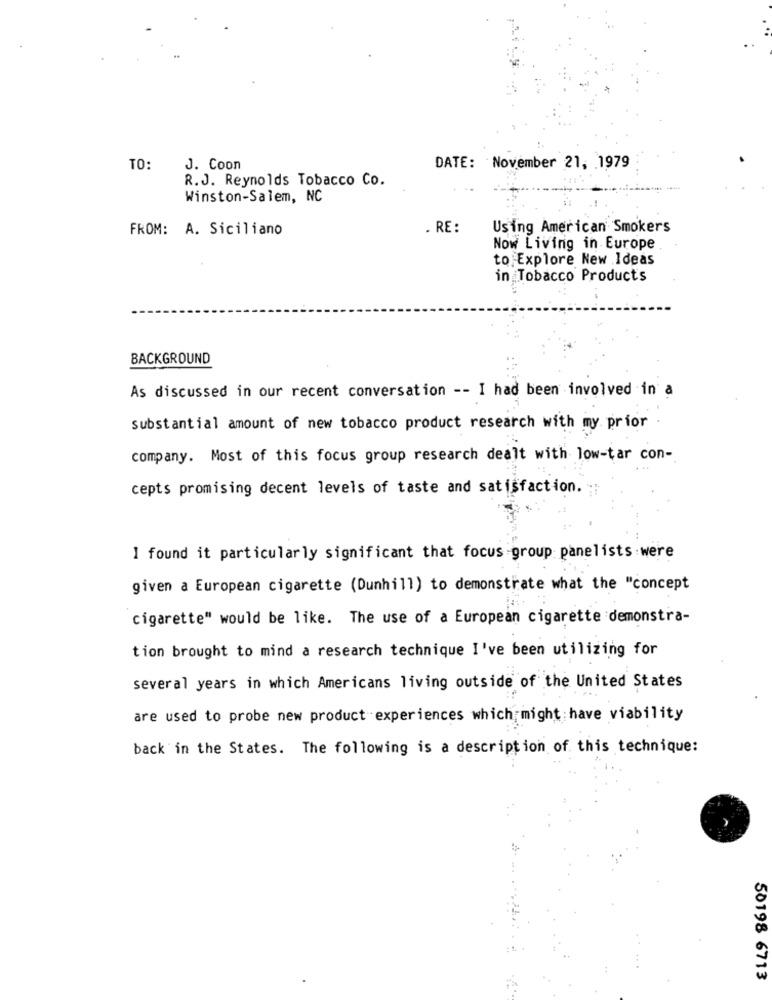
TO:
J. Coon
DATE: November 21, 1979
R.J. Reynolds Tobacco Co.
Winston-Salem, NC
FROM: A. Siciliano
. RE :
Using American Smokers
Now Living in Europe
to Explore New Ideas
in Tobacco Products
BACKGROUND
As discussed in our recent conversation -- I had been involved in a
substantial amount of new tobacco product research with my prior
company. Most of this focus group research dealt with low-tar con-
cepts promising decent levels of taste and satisfaction.
I found it particularly significant that focus group panelists were
given a European cigarette (Dunhill) to demonstrate what the "concept
cigarette" would be like. The use of a European cigarette demonstra-
tion brought to mind a research technique I've been utilizing for
several years in which Americans living outside of the United States
are used to probe new product experiences which might have viability
back in the States. The following is a description of this technique:
50198 6713